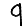
Digit: 9